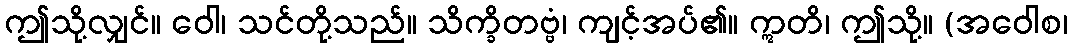
ဤသို့လျှင်။ ဝေါ၊ သင်တို့သည်။ သိက္ခိတဗ္ဗံ၊ ကျင့်အပ်၏။ ဣတိ၊ ဤသို့။ (အဝေါစ၊